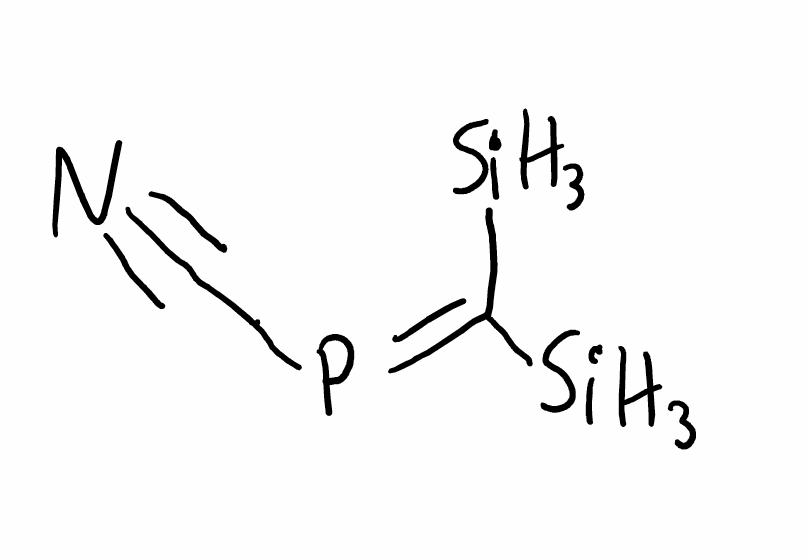
Simplified molecular-input line-entry system (SMILES) notation of the given molecule:
C(#N)P=C([SiH3])[SiH3]